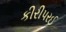
કીરીપરઈ